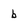
Character: b